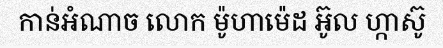
កាន់អំណាច លោក ម៉ូហាម៉េដ អ៊ូល ហ្កាស៊ូ